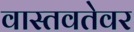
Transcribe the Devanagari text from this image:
वास्तवतेवर